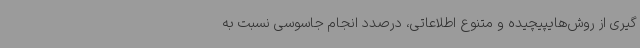
گیری از روش‌هایپیچیده و متنوع اطلاعاتی، درصدد انجام جاسوسی نسبت به